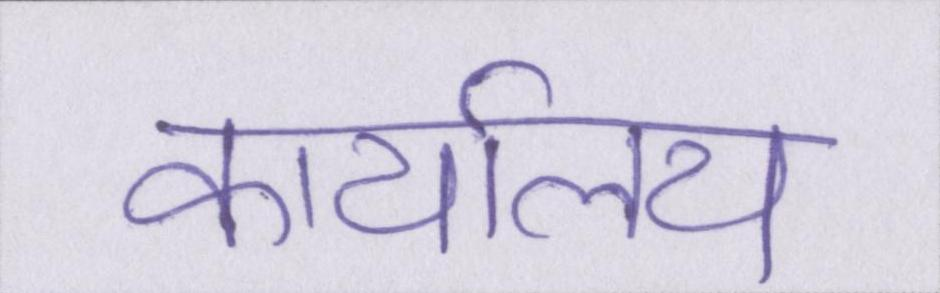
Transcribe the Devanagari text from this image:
कार्यालय